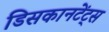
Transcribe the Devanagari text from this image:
डिसकानटेंट्स